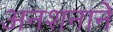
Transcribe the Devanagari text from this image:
अनशनाने